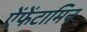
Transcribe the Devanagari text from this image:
ऐंफेंटामिन